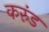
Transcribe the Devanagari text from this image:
करुंड